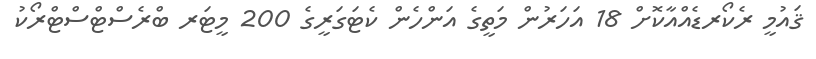
ޤައުމީ ރެކޯރޑެއްއާކޮށް 18 އަހަރުން މަތީގެ އަންހެން ކެޓަގަރީގެ 200 މީޓަރ ބްރެސްޓްސްޓްރޯކު